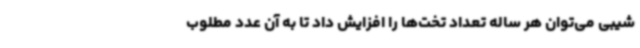
شیبی می‌توان هر ساله تعداد تخت‌ها را افزایش داد تا به آن عدد مطلوب